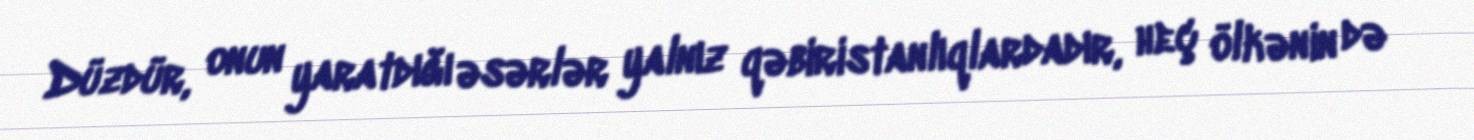
Düzdür, onun yaratdığı əsərlər yalnız qəbiristanlıqlardadır, heç ölkənin də